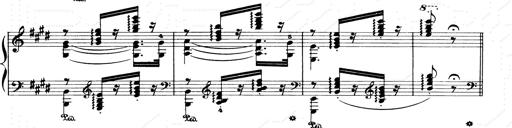
Title: Consolations and LiebestrÃ¤ume for the Piano
Composer: Franz Liszt